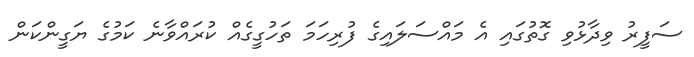
ސަފީރު ވިދާޅުވި ގޮތުގައި އެ މައްސަލައިގެ ފުރިހަމަ ތަހުގީގެއް ކުރައްވާނެ ކަމުގެ ޔަގީންކަން